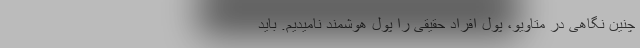
چنین نگاهی در متاویو، پول افراد حقیقی را پول هوشمند نامیدیم. باید